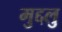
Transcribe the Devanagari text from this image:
मुद्दलु